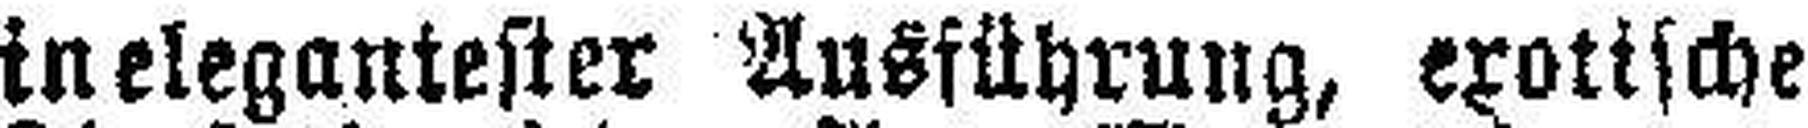
in elegantester Ausführung, erotische